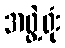
အဖွဲ့ရုံး